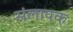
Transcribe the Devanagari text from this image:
संलापक